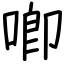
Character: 喞